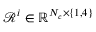
\mathcal { R } ^ { i } \in \mathbb { R } ^ { N _ { c } \times \{ 1 , 4 \} }